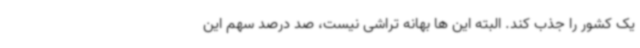
یک کشور را جذب کند. البته این ها بهانه تراشی نیست، صد درصد سهم این